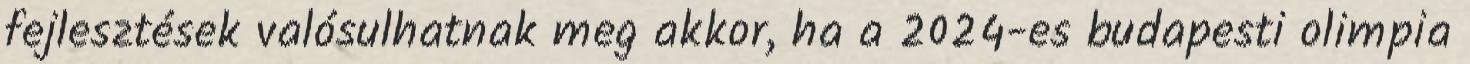
fejlesztések valósulhatnak meg akkor, ha a 2024-es budapesti olimpia